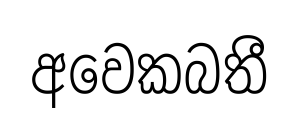
අවෙකබතී